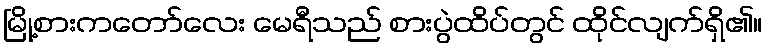
မြို့စားကတော်လေး မေရီသည် စားပွဲထိပ်တွင် ထိုင်လျက်ရှိ၏။